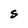
Character: S